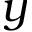
y